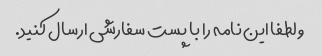
و لطفا این نامه را با پست سفارشی ارسال کنید.